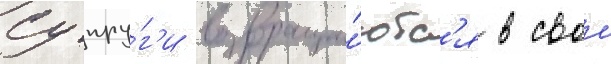
Супру́г'и возвраща́ютс'я в свои